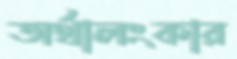
অর্থালংকার